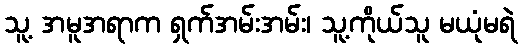
သူ့ အမူအရာက ရှက်အမ်းအမ်း၊ သူ့ကိုယ်သူ မယုံမရဲ